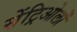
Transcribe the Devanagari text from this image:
सेंट्रिओलों